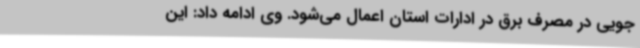
جویی در مصرف برق در ادارات استان اعمال می‌شود. وی ادامه داد: این